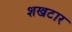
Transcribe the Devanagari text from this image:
शखटार